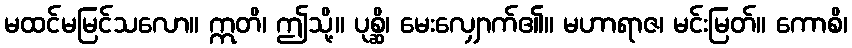
မထင်မမြင်သလော။ ဣတိ၊ ဤသို့။ ပုစ္ဆိ၊ မေးလျှောက်၏။ မဟာရာဇ၊ မင်းမြတ်။ ကောစိ၊